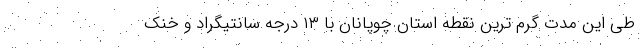
طی این مدت گرم ترین نقطه استان چوپانان با ۱۳ درجه سانتیگراد و خنک